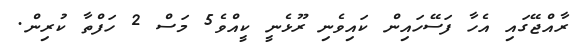
ރާއްޖޭގައި އެހާ ފަސޭހައިން ކައިވެނި ރޫޅެނީ ކީއްވެ5 މަސް 2 ހަފްތާ ކުރިން.